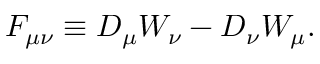
{ \cal F } _ { \mu \nu } \equiv { \cal D } _ { \mu } { \cal W } _ { \nu } - { \cal D } _ { \nu } { \cal W } _ { \mu } .